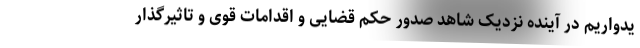
یدواریم در آینده نزدیک شاهد صدور حکم قضایی و اقدامات قوی و تاثیرگذار